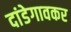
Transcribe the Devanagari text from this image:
दांडेगावकर